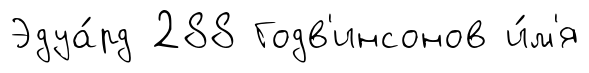
Эдуа́рд 288 Годв'инсонов и́м'я